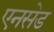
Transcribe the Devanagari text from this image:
एनसेड